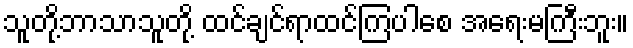
သူတို့ဘာသာသူတို့ ထင်ချင်ရာထင်ကြပါစေ အရေးမကြီးဘူး။